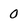
Character: 0